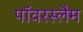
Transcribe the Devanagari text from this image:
पॉवरस्लैम